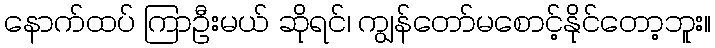
နောက်ထပ် ကြာဦးမယ် ဆိုရင်၊ ကျွန်တော်မစောင့်နိုင်တော့ဘူး။